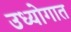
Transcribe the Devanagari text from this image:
उध्योगात